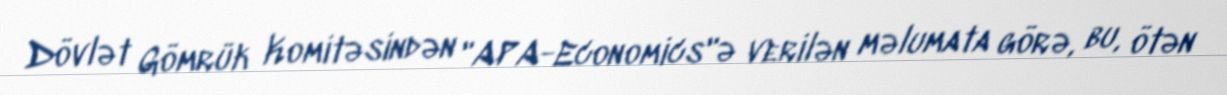
Dövlət Gömrük Komitəsindən "APA-Economics"ə verilən məlumata görə, bu, ötən